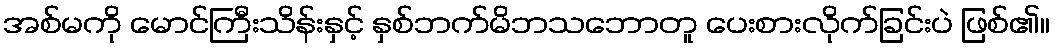
အစ်မကို မောင်ကြီးသိန်းနှင့် နှစ်ဘက်မိဘသဘောတူ ပေးစားလိုက်ခြင်းပဲ ဖြစ်၏။